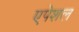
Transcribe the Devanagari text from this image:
एपेशल